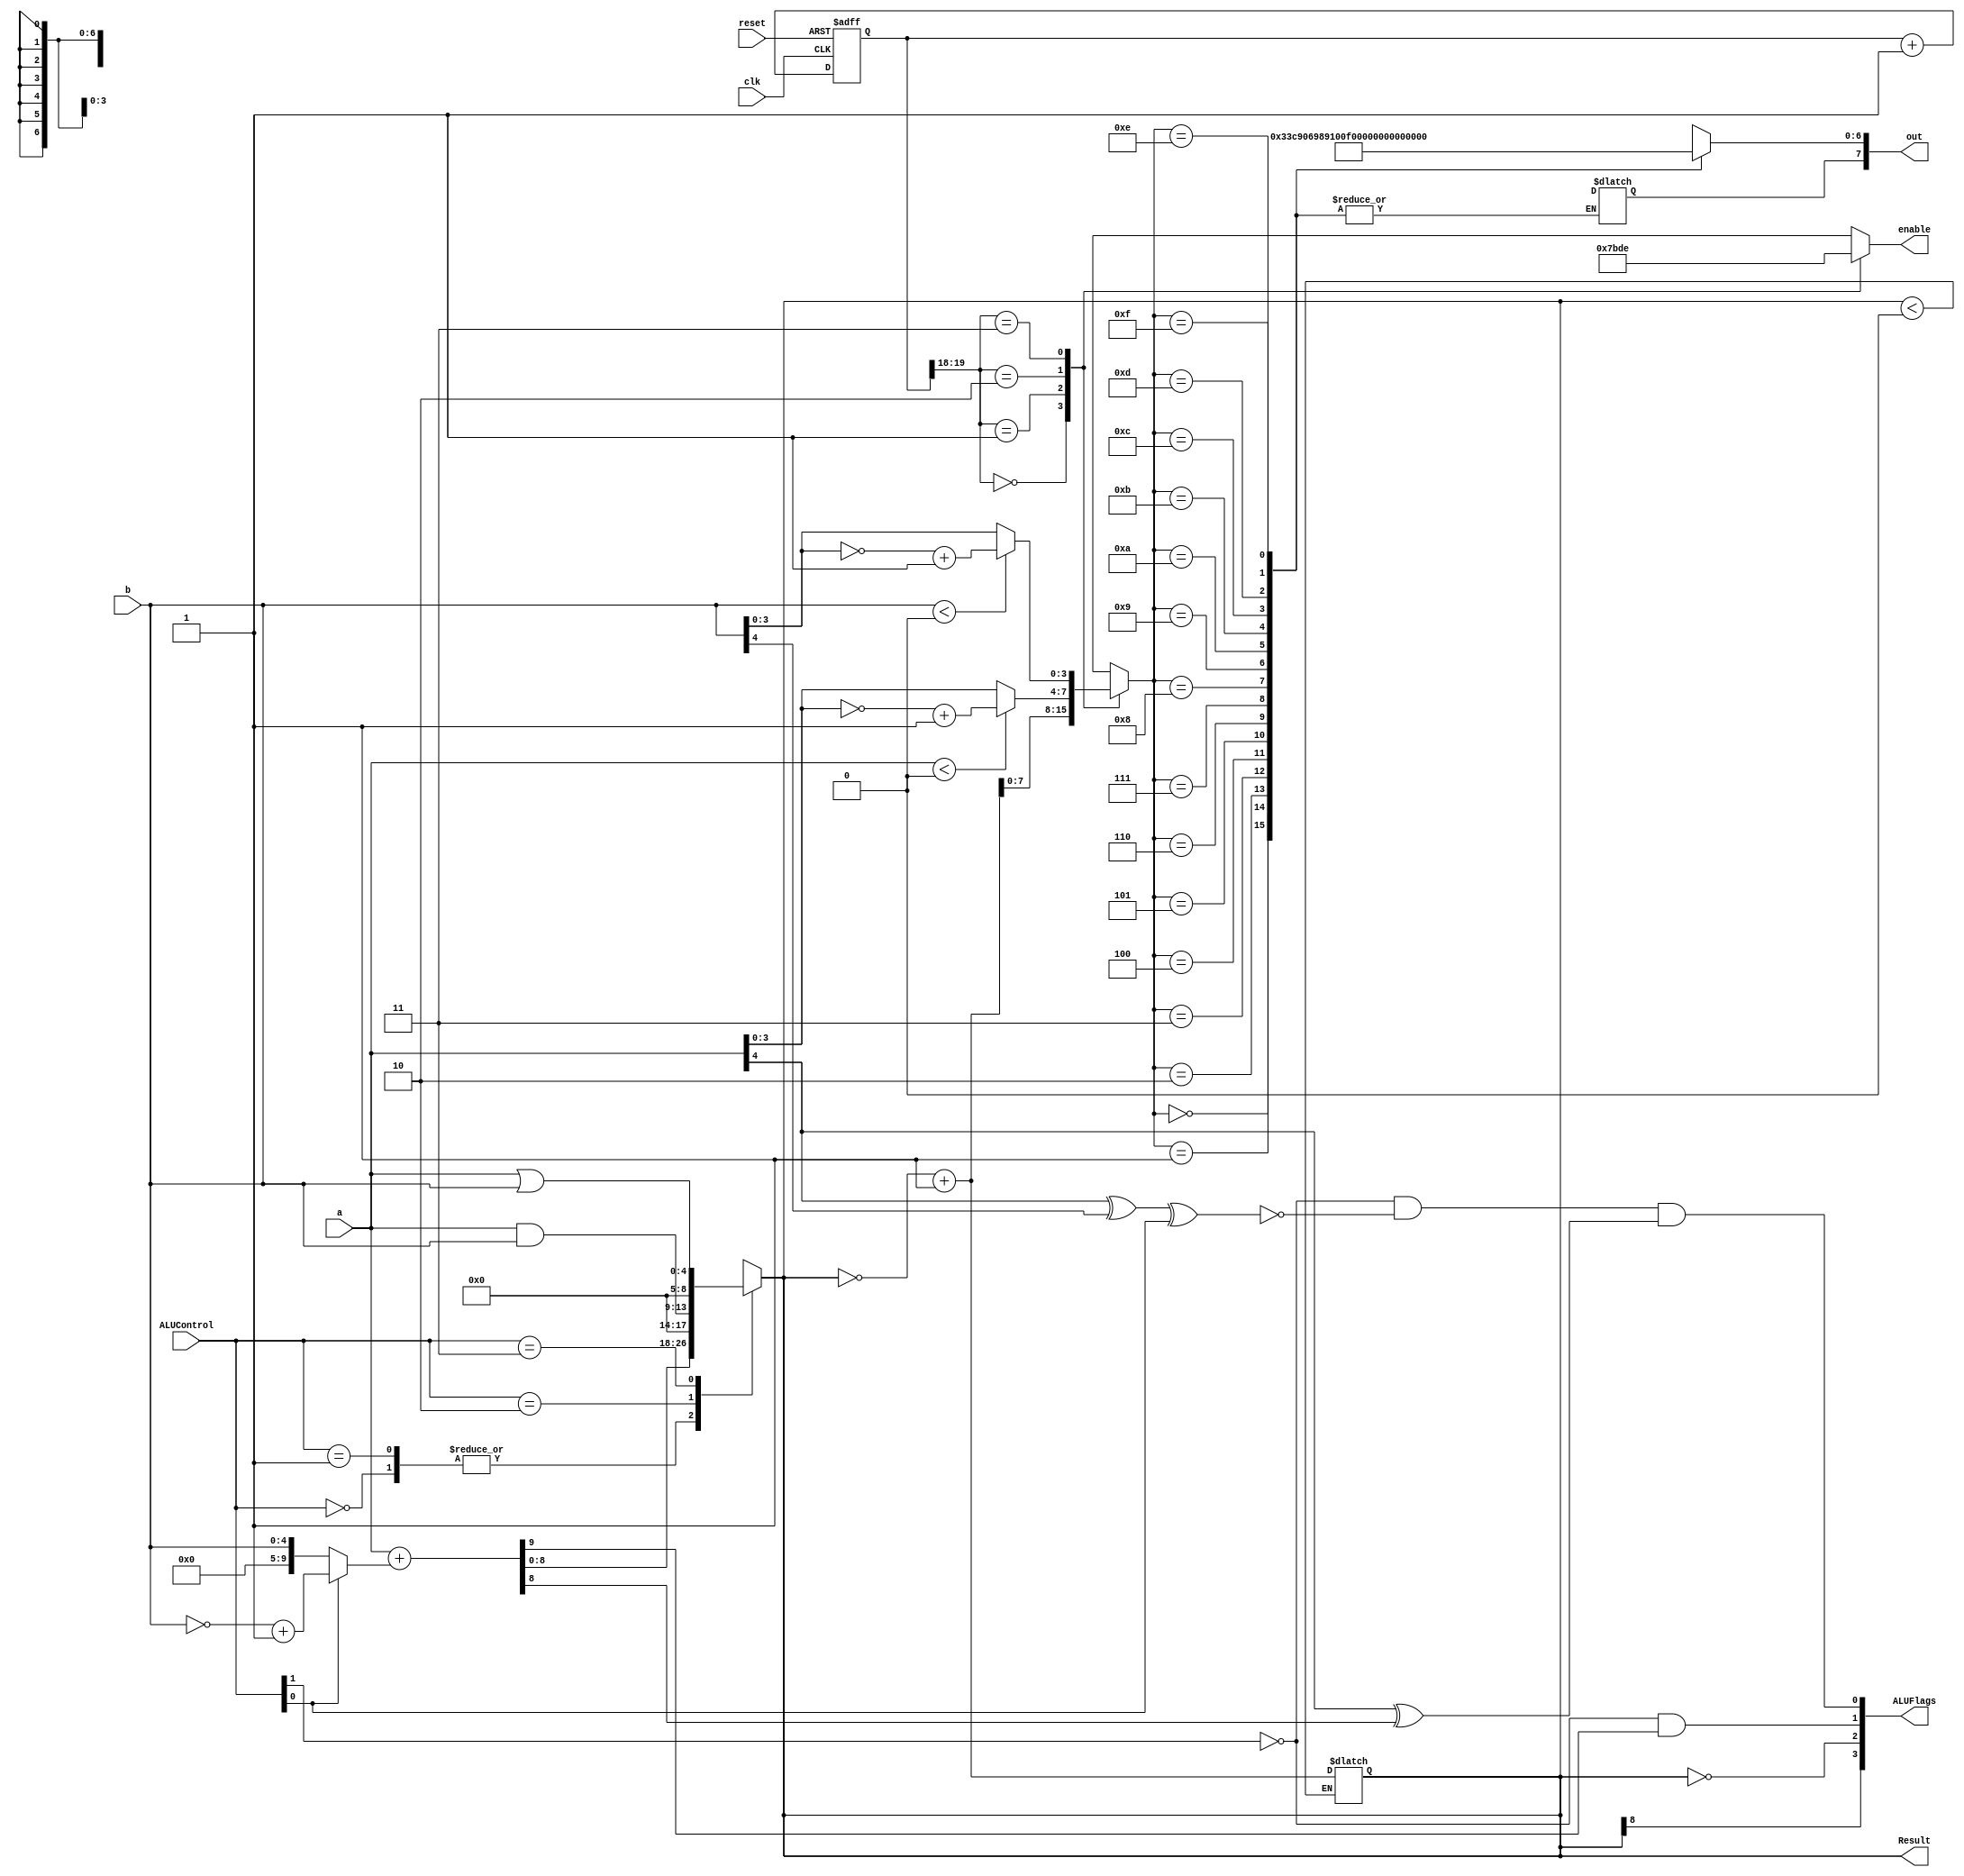
module alu(a,b,ALUControl,ALUFlags, out,enable,clk,reset, Result);
//Input and outputs
input [4:0] a,b;
input [1:0] ALUControl;
output wire [3:0] ALUFlags;
output reg[7:0] out;
output reg[3:0] enable;
output reg [8:0] Result; //Resultado de 8 bits, 1 bit para el signo y los 4 bits para la suma de los numeros

//Wire and reg
wire  neg,zero,carry,overflow;
wire [9:0] sum; //Un bit adicional para el overflow

//BCD output
input clk, reset;
reg [19:0] refresh_counter;
wire [1:0] LED_activating_counter;
reg [4:0] LED_BCD;

assign sum = a + (ALUControl[0] ? (~b+1): b ); 

always @(*)
begin
    case(ALUControl)
        2'b00: Result  = sum;
        2'b01: Result  = sum;
        2'b10: Result = a&b;
        2'b11: Result = a | b;
    endcase
end

assign neg      = Result[8];
assign zero     = Result == 0;
assign carry    = ~ALUControl[1] & sum[9];
assign overflow = ~ALUControl[1] & ~(a[4] ^ b[4] ^ ALUControl[0]) & (a[4] ^ sum[8]);

assign ALUFlags = {neg, zero, carry, overflow};


always @(posedge clk or posedge reset)
begin 
    if(reset==1)
        refresh_counter <= 0;
    else
        refresh_counter <= refresh_counter + 1;
end 

assign LED_activating_counter = refresh_counter[19:18];

always @(*)
begin
    if(Result < 0) begin
        Result = ~Result;
        Result = Result+1;
    end

    case(LED_activating_counter)
    2'b00: begin //First digit
        enable = 4'b0111; 
        LED_BCD[4] = (neg ? 1:0); 
        LED_BCD[3:0] = Result[7:4];
    end
    2'b01: begin //Second digit
        enable = 4'b1011; 
        LED_BCD[3:0] = Result[3:0];
        LED_BCD[4] = 0;
    end
    2'b10: begin //a
        enable = 4'b1101; 
        LED_BCD[4] = a[4];
        if( a < 0)
            LED_BCD[3:0] = ~a[3:0]+1;
        else
            LED_BCD[3:0] = a[3:0];
    end
    2'b11: begin //b
        enable = 4'b1110; 
        LED_BCD[4] = b[4];
        if(b < 0)
            LED_BCD[3:0] = ~b[3:0] +1;
        else
            LED_BCD[3:0] = b[3:0];
    end
    endcase
end

always @(*)
begin
    out[7] <= ~LED_BCD[4];
    case(LED_BCD[3:0])
        4'b0000 : out[6:0] <= 7'b0000001;    //Display 0
        4'b0001 : out[6:0] <=7'b1001111;    //Display 1
        4'b0010 : out[6:0]<=7'b0010010;    //Display 2
        4'b0011 : out[6:0]<=7'b0000110;    //Display 3
        4'b0100 : out[6:0]<=7'b1001100;    //Display 4
        4'b0101 : out[6:0]<=7'b0100100;    //Display 5
        4'b0110 : out[6:0]<=7'b0100000;    //Display 6
        4'b0111 : out[6:0]<=7'b0001111;    //Display 7
        4'b1000 : out[6:0]<=7'b0000000;    //Display 8
        4'b1001 : out[6:0]<=7'b0001100;    //Display 9
        4'b1010 : out[6:0]<=7'b0001000;    //Display A
        4'b1011 : out[6:0]<=7'b1100000;    //Display b
        4'b1100 : out[6:0]<=7'b0110001;    //Display C
        4'b1101 : out[6:0]<=7'b1000010;    //Display d
        4'b1110 : out[6:0]<=7'b0110000;    //Display E
        4'b1111 : out[6:0]<=7'b0111000;    //Display F
        default: out = 8'b00000001; // "0"
    endcase
end


endmodule